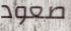
صعود